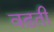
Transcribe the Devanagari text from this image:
वढ़ती